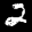
Label: 2